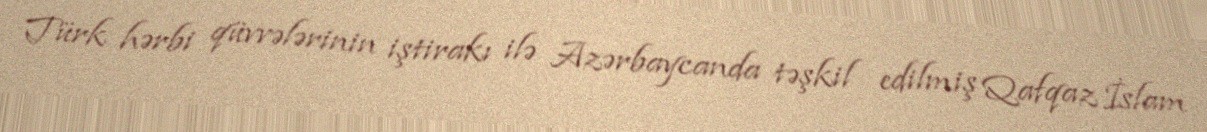
Türk hərbi qüvvələrinin iştirakı ilə Azərbaycanda təşkil edilmiş Qafqaz İslam